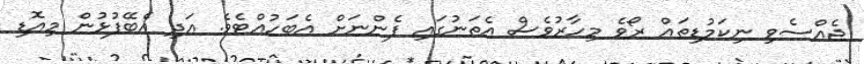
ޖެއްސެވި ނިކަމުޑިތައް ރޯވެ މިހާރުވެސް އެތަނުގައި ފެންނަށް އެބަހުއްޓެވެ. އަދި އެބޭފުޅުން މިއޮޑި